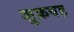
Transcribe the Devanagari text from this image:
शुक्रवह